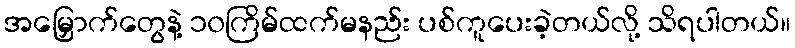
အမြှောက်တွေနဲ့ ၁၀ကြိမ်ထက်မနည်း ပစ်ကူပေးခဲ့တယ်လို့ သိရပါတယ်။